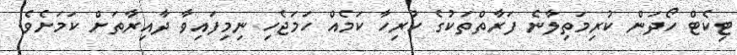
ޓިކެޓް ހޯދަން ކުރިމަތިލާނެ ފަރާތްތަކުގެ ހުރިހާ ކަމެއް ހަމަޖެހި ނިމިފައިވާ ދާއިރާތަށް ކަމަށެވެ.